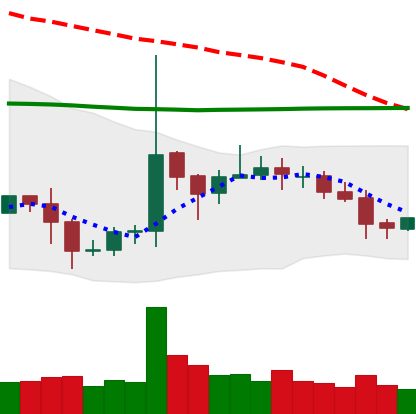
Ticker: EOS-USD
Chart end date: 2020-10-18
Forward return: 3.37%
Label: up_3_5